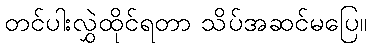
တင်ပါးလွှဲထိုင်ရတာ သိပ်အဆင်မပြေ။